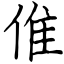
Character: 倠